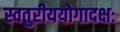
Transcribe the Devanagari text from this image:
स्वतुरीययोगादक्षः